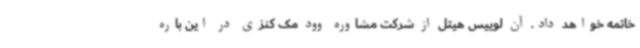
خاتمه خواهد داد. آن لوییس هیتل از شرکت مشاوره وود مک کنزی در این باره